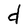
Character: d